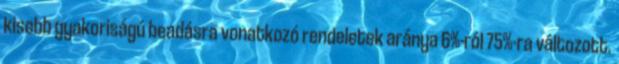
kisebb gyakoriságú beadásra vonatkozó rendeletek aránya 6%-ról 75%-ra változott.